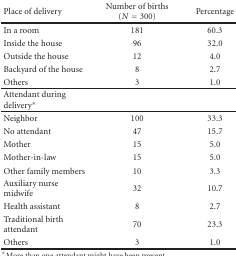
| Place of delivery | Number of births (N = 300) | Percentage |
 | --- | --- | --- |
 | In a room | 181 | 60.3 |
 | Inside the house | 96 | 32.0 |
 | Outside the house | 12 | 4.0 |
 | Backyard of the house | 8 | 2.7 |
 | Others | 3 | 1.0 |
 | Attendant during delivery* |  |  |
 | Neighbor | 100 | 33.3 |
 | No attendant | 47 | 15.7 |
 | Mother | 15 | 5.0 |
 | Mother-in-law | 15 | 5.0 |
 | Other family members | 10 | 3.3 |
 | Auxiliary nurse midwife | 32 | 10.7 |
 | Health assistant | 8 | 2.7 |
 | Traditional birth attendant | 70 | 23.3 |
 | Others | 3 | 1.0 |